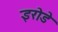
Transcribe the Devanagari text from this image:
इरोडे